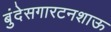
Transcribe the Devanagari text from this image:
बुंदेसगारटनशाऊ